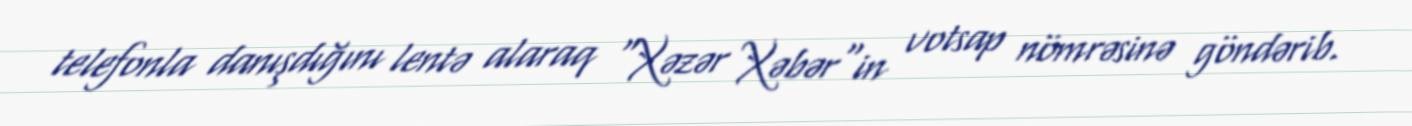
telefonla danışdığını lentə alaraq "Xəzər Xəbər"in votsap nömrəsinə göndərib.